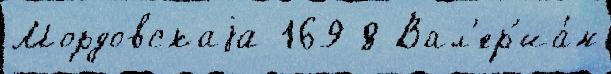
Мордовскаjа 169 8 Вал'ер'иа́н